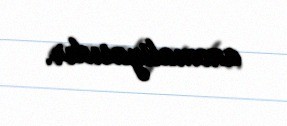
anomaliyasıdır.